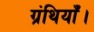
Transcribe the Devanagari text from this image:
ग्रंथियाँ।